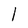
Character: l